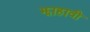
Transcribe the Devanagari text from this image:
झाहावी